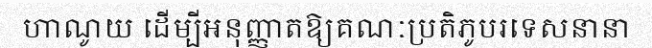
ហាណូយ ដើម្បីអនុញ្ញាតឱ្យគណៈប្រតិភូបរទេសនានា